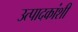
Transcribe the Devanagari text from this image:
उत्पादकांशी